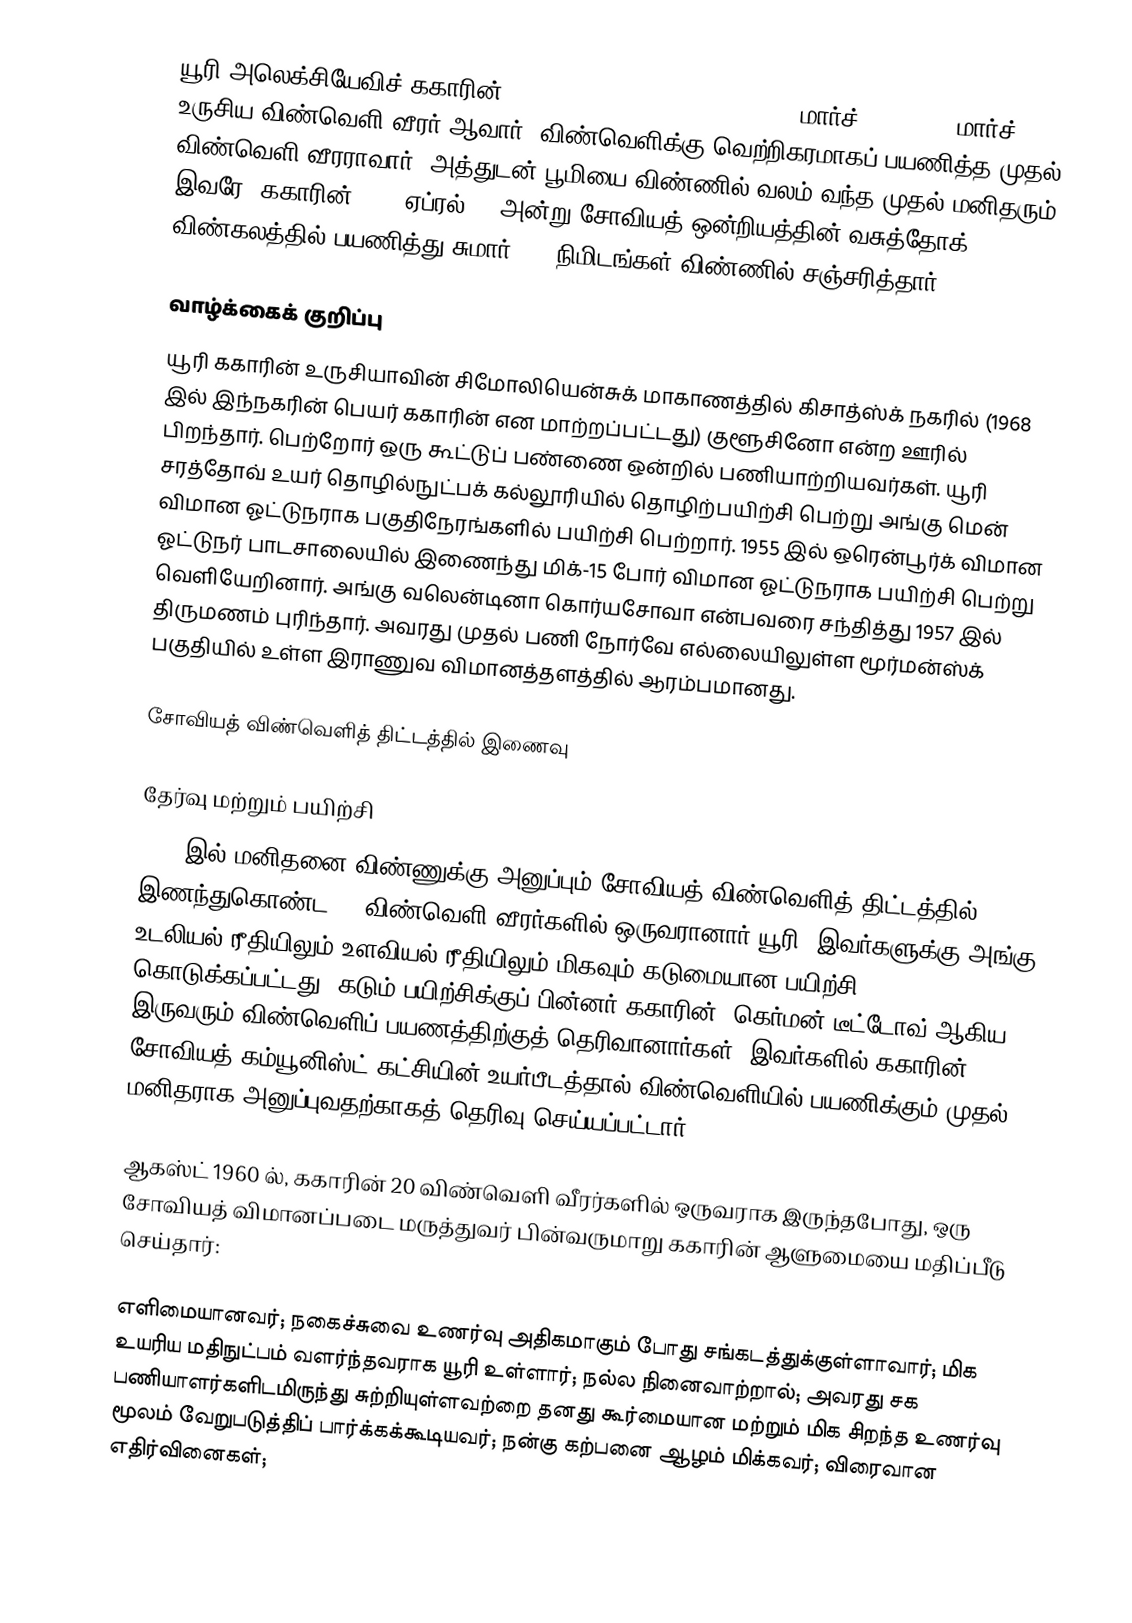
யூரி அலெக்சியேவிச் ககாரின் (Yuri Alekseyevich Gagarin, ; 9 மார்ச் 1934 – 27 மார்ச் 1968) உருசிய விண்வெளி வீரர் ஆவார். விண்வெளிக்கு வெற்றிகரமாகப் பயணித்த முதல் விண்வெளி வீரராவார். அத்துடன் பூமியை விண்ணில் வலம் வந்த முதல் மனிதரும் இவரே. ககாரின் 1961 ஏப்ரல் 12 அன்று சோவியத் ஒன்றியத்தின் வசுத்தோக்-1 விண்கலத்தில் பயணித்து சுமார் 108 நிமிடங்கள் விண்ணில் சஞ்சரித்தார்.

வாழ்க்கைக் குறிப்பு
யூரி ககாரின் உருசியாவின் சிமோலியென்சுக் மாகாணத்தில் கிசாத்ஸ்க் நகரில் (1968 இல் இந்நகரின் பெயர் ககாரின் என மாற்றப்பட்டது) குளூசினோ என்ற ஊரில் பிறந்தார். பெற்றோர் ஒரு கூட்டுப் பண்ணை ஒன்றில் பணியாற்றியவர்கள். யூரி சரத்தோவ் உயர் தொழில்நுட்பக் கல்லூரியில் தொழிற்பயிற்சி பெற்று அங்கு மென் விமான ஓட்டுநராக பகுதிநேரங்களில் பயிற்சி பெற்றார். 1955 இல் ஒரென்பூர்க் விமான ஓட்டுநர் பாடசாலையில் இணைந்து மிக்-15 போர் விமான ஓட்டுநராக பயிற்சி பெற்று வெளியேறினார். அங்கு வலென்டினா கொர்யசோவா என்பவரை சந்தித்து 1957 இல் திருமணம் புரிந்தார். அவரது முதல் பணி நோர்வே எல்லையிலுள்ள மூர்மன்ஸ்க் பகுதியில் உள்ள இராணுவ விமானத்தளத்தில் ஆரம்பமானது.

சோவியத் விண்வெளித் திட்டத்தில் இணைவு

தேர்வு மற்றும் பயிற்சி
1960 இல் மனிதனை விண்ணுக்கு அனுப்பும் சோவியத் விண்வெளித் திட்டத்தில் இணந்துகொண்ட 20 விண்வெளி வீரர்களில் ஒருவரானார் யூரி. இவர்களுக்கு அங்கு உடலியல் ரீதியிலும் உளவியல் ரீதியிலும் மிகவும் கடுமையான பயிற்சி கொடுக்கப்பட்டது. கடும் பயிற்சிக்குப் பின்னர் ககாரின், கெர்மன் டீட்டோவ் ஆகிய இருவரும் விண்வெளிப் பயணத்திற்குத் தெரிவானார்கள். இவர்களில் ககாரின் சோவியத் கம்யூனிஸ்ட் கட்சியின் உயர்பீடத்தால் விண்வெளியில் பயணிக்கும் முதல் மனிதராக அனுப்புவதற்காகத் தெரிவு செய்யப்பட்டார்.

ஆகஸ்ட் 1960 ல், ககாரின் 20 விண்வெளி வீரர்களில் ஒருவராக இருந்தபோது, ஒரு சோவியத் விமானப்படை மருத்துவர் பின்வருமாறு ககாரின் ஆளுமையை மதிப்பீடு செய்தார்:

எளிமையானவர்; நகைச்சுவை உணர்வு அதிகமாகும் போது சங்கடத்துக்குள்ளாவார்; மிக உயரிய மதிநுட்பம் வளர்ந்தவராக யூரி உள்ளார்; நல்ல நினைவாற்றால்; அவரது சக பணியாளர்களிடமிருந்து  சுற்றியுள்ளவற்றை தனது  கூர்மையான மற்றும் மிக சிறந்த உணர்வு மூலம் வேறுபடுத்திப் பார்க்கக்கூடியவர்; நன்கு கற்பனை ஆழம் மிக்கவர்; விரைவான எதிர்வினைகள்;